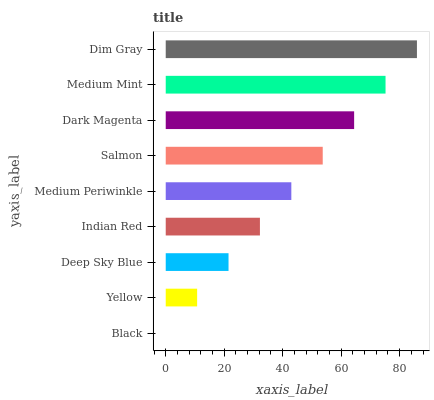
| yaxis_label | bars |
 | --- | --- |
 | Black | 0 |
 | Yellow | 10.7 |
 | Deep Sky Blue | 21.5 |
 | Indian Red | 32.2 |
 | Medium Periwinkle | 43 |
 | Salmon | 53.7 |
 | Dark Magenta | 64.4 |
 | Medium Mint | 75.2 |
 | Dim Gray | 85.9 |